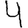
Digit: 4